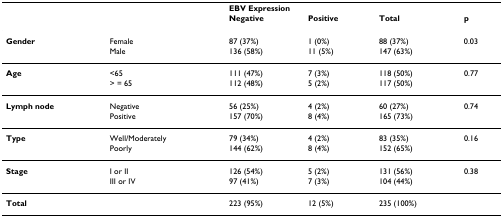
<table><thead><tr><td></td><td></td><td colspan="4"><b>EBV Expression</b></td></tr><tr><td></td><td></td><td><b>Negative</b></td><td><b>Positive</b></td><td><b>Total</b></td><td><b>p</b></td></tr></thead><tbody><tr><td><b>Gender</b></td><td>Female</td><td>87 (37%)</td><td>1 (0%)</td><td>88 (37%)</td><td>0.03</td></tr><tr><td></td><td>Male</td><td>136 (58%)</td><td>11 (5%)</td><td>147 (63%)</td><td></td></tr><tr><td><b>Age</b></td><td>&lt;65</td><td>111 (47%)</td><td>7 (3%)</td><td>118 (50%)</td><td>0.77</td></tr><tr><td></td><td>&gt; = 65</td><td>112 (48%)</td><td>5 (2%)</td><td>117 (50%)</td><td></td></tr><tr><td><b>Lymph node</b></td><td>Negative</td><td>56 (25%)</td><td>4 (2%)</td><td>60 (27%)</td><td>0.74</td></tr><tr><td></td><td>Positive</td><td>157 (70%)</td><td>8 (4%)</td><td>165 (73%)</td><td></td></tr><tr><td><b>Type</b></td><td>Well/Moderately</td><td>79 (34%)</td><td>4 (2%)</td><td>83 (35%)</td><td>0.16</td></tr><tr><td></td><td>Poorly</td><td>144 (62%)</td><td>8 (4%)</td><td>152 (65%)</td><td></td></tr><tr><td><b>Stage</b></td><td>I or II</td><td>126 (54%)</td><td>5 (2%)</td><td>131 (56%)</td><td>0.38</td></tr><tr><td></td><td>III or IV</td><td>97 (41%)</td><td>7 (3%)</td><td>104 (44%)</td><td></td></tr><tr><td><b>Total</b></td><td></td><td>223 (95%)</td><td>12 (5%)</td><td>235 (100%)</td><td></td></tr></tbody></table>